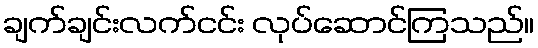
ချက်ချင်းလက်ငင်း လုပ်ဆောင်ကြသည်။